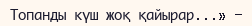
Топанды күш жоқ қайырар...» -